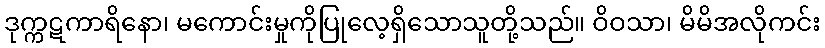
ဒုက္ကဋကာရိနော၊ မကောင်းမှုကိုပြုလေ့ရှိသောသူတို့သည်။ ဝိဝသာ၊ မိမိအလိုကင်း